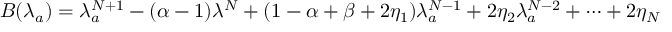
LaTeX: B ( \lambda _ { a } ) = \lambda _ { a } ^ { N + 1 } - ( \alpha - 1 ) \lambda ^ { N } + ( 1 - \alpha + \beta + 2 \eta _ { 1 } ) \lambda _ { a } ^ { N - 1 } + 2 \eta _ { 2 } \lambda _ { a } ^ { N - 2 } + \dots + 2 \eta _ { N }